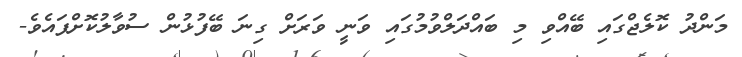
މަންދު ކޮލެޖްގައި ބޭއްވި މި ބައްދަލްވުމުގައި ވަނީ ވަރަށް ގިނަ ބޭފުޅުން ސުވާލުކޮށްފައެވެ-